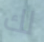
لك